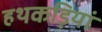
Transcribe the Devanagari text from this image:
हथकड़ियां